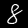
Label: 8